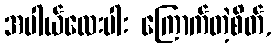
အပါယ်လေးပါး ကြောက်တဲ့စိတ်,